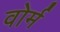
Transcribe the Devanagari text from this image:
वोर्म